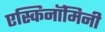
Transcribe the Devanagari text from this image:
एस्किनॉमिनी